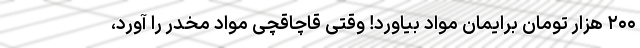
۲۰۰ هزار تومان برایمان مواد بیاورد! وقتی قاچاقچی مواد مخدر را آورد،